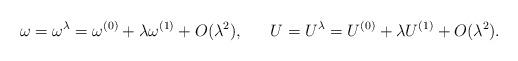
LaTeX: \begin{align*}\omega &= \omega^\lambda = \omega^{(0)} + \lambda \omega^{(1)} + O(\lambda^2), &U &= U^{\lambda} = U^{(0)} + \lambda U^{(1)} + O(\lambda^2).\end{align*}